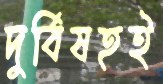
দুর্বিষহই